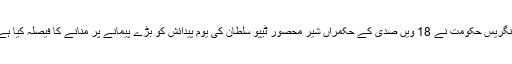
کانگریس حکومت نے 18 ویں صدی کے حکمراں شیر محصور ٹیپو سلطان کی یوم پیدائش کو بڑے پیمانے پر منانے کا فیصلہ کیا ہے ۔